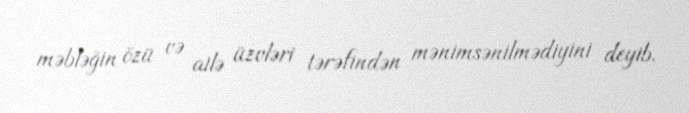
məbləğin özü və ailə üzvləri tərəfindən mənimsənilmədiyini deyib.